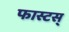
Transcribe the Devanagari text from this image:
फास्टस्